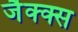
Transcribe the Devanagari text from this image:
जैक्क्स